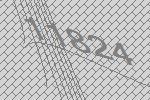
11824